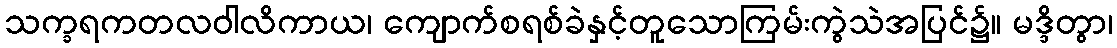
သက္ခရကတလဝါလိကာယ၊ ကျောက်စရစ်ခဲနှင့်တူသောကြမ်းကွဲသဲအပြင်၌။ မဒ္ဒိတွာ၊